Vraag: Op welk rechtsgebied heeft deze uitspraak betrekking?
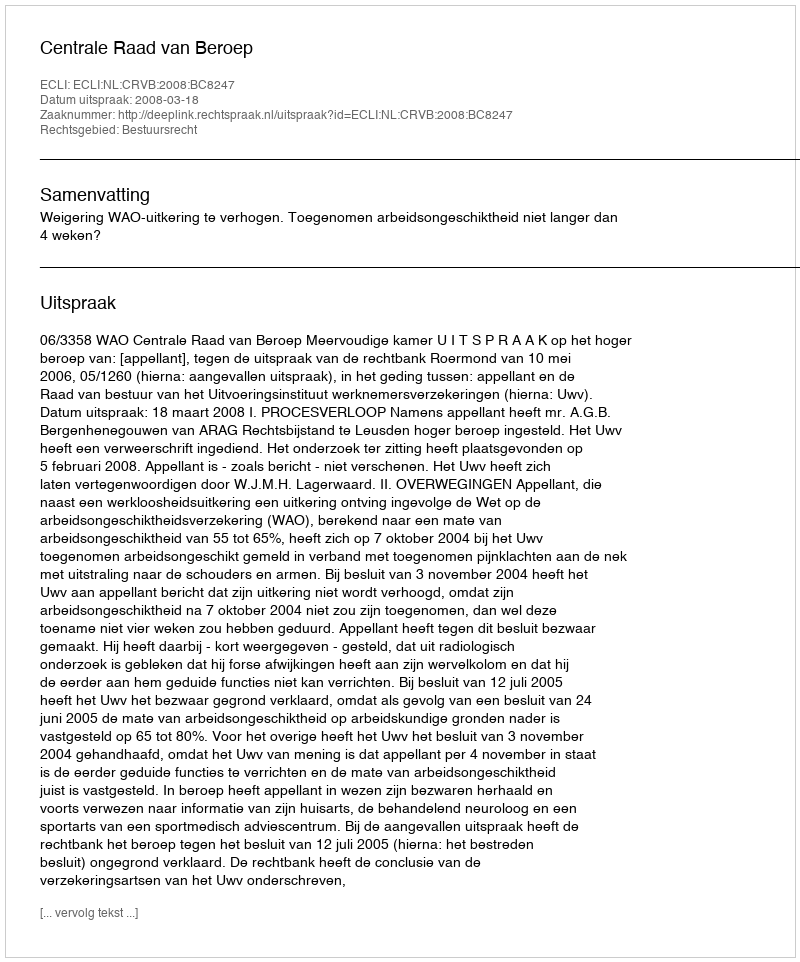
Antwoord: Bestuursrecht